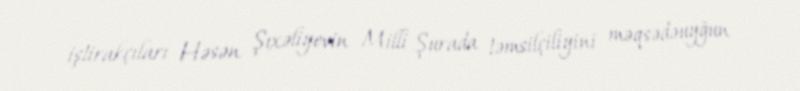
iştirakçıları Həsən Şıxəliyevin Milli Şurada təmsilçiliyini məqsədəuyğun